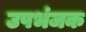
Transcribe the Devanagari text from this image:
उपभंजक